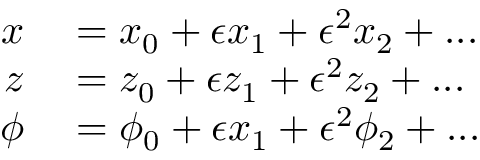
\begin{array} { r l } { x } & { { } = x _ { 0 } + \epsilon x _ { 1 } + \epsilon ^ { 2 } x _ { 2 } + . . . } \\ { z } & { { } = z _ { 0 } + \epsilon z _ { 1 } + \epsilon ^ { 2 } z _ { 2 } + . . . } \\ { \phi } & { { } = \phi _ { 0 } + \epsilon x _ { 1 } + \epsilon ^ { 2 } \phi _ { 2 } + . . . } \end{array}